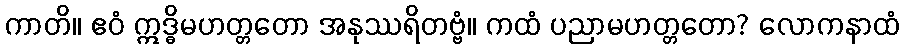
ကာတိ။ ဧဝံ ဣဒ္ဓိမဟတ္တတော အနုဿရိတဗ္ဗံ။ ကထံ ပညာမဟတ္တတော? လောကနာထံ